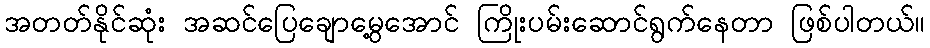
အတတ်နိုင်ဆုံး အဆင်ပြေချောမွေ့အောင် ကြိုးပမ်းဆောင်ရွက်နေတာ ဖြစ်ပါတယ်။